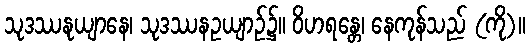
သုဒဿနုယျာနေ၊ သုဒဿနဥယျာဉ်၌။ ဝိဟရန္တေ၊ နေကုန်သည် (ကို)။